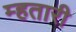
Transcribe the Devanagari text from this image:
म्हतारी